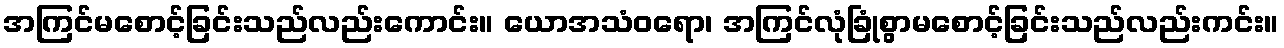
အကြင်မစောင့်ခြင်းသည်လည်းကောင်း။ ယောအသံဝရော၊ အကြင်လုံခြုံစွာမစောင့်ခြင်းသည်လည်းကင်း။